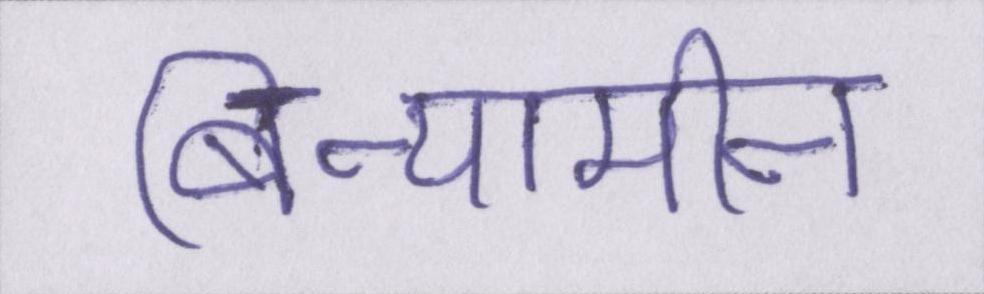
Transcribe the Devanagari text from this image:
बिन्यामीन